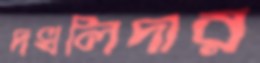
দখলিদার